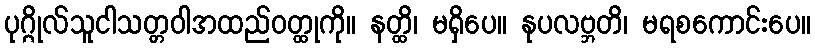
ပုဂ္ဂိုလ်သူငါသတ္တဝါအထည်ဝတ္ထုကို။ နတ္ထိ၊ မရှိပေ။ နုပလဗ္ဘတိ၊ မရစကောင်းပေ။